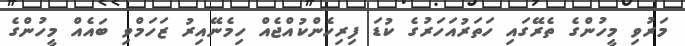
މަރުވި މީހުންގެ ތެރޭގައި ހަތަރުއަހަރުގެ ކުޑަ ފިރިހެންކުއްޖެއް ހިމެނޭއިރު ޒަހަމްވި ބައެއް މީހުންގެ